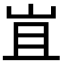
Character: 𭖍